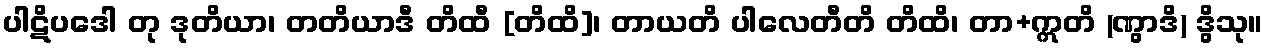
ပါဋိပဒေါ တု ဒုတိယာ၊ တတိယာဒီ တိထီ [တိထိ]၊ တာယတိ ပါလေတီတိ တိထိ၊ တာ+ဣတိ (ဏွာဒိ) ဒွိသု။